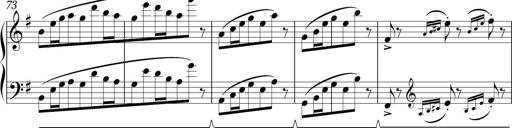
Title: Sonatina in E minor
Composer: Shuwen Zhang
Key: E minor